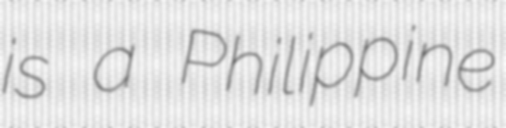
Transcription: is a Philippine